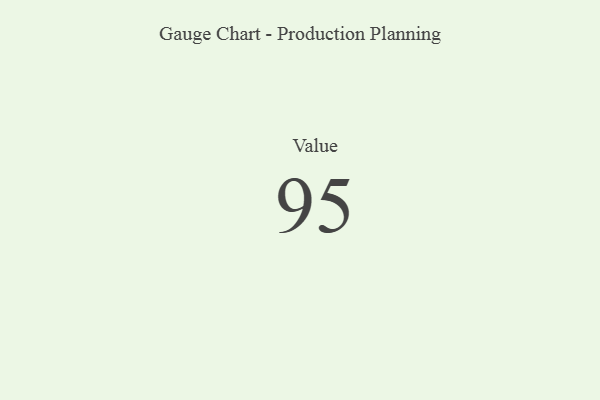
{"axis": {"x": "Metric", "y": "Value"}, "legend": [""], "data": [{"x": "Value", "y": 95, "type": ""}]}